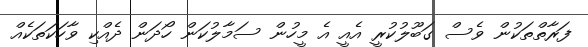
ފަރާތްތަކުން ވެސް ގަބޫލުކުރީ އެއީ އެ މީހުން ސަމާލުކަން ހޯދަން ދެއްކި ވާހަކަތަކެއް